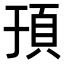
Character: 𬱀